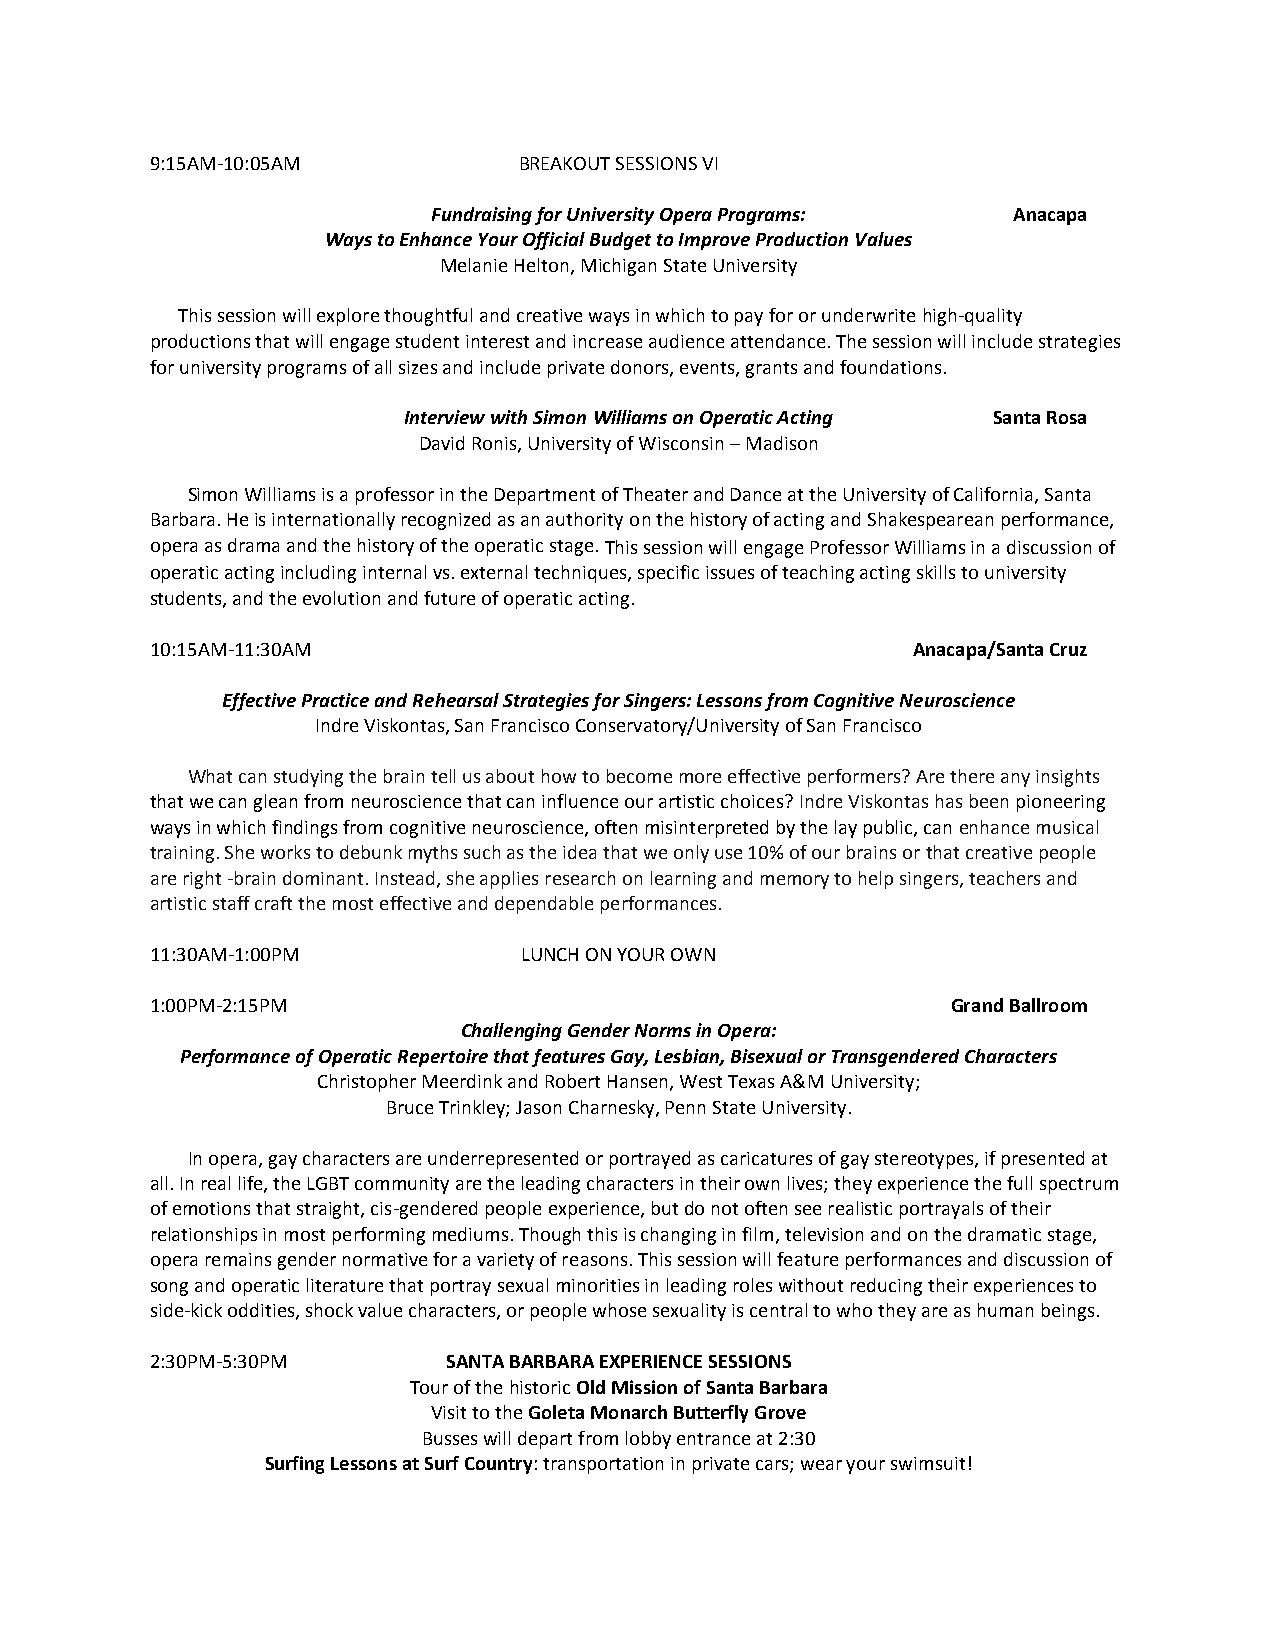
9:15AM-10:05AM          BREAKOUT SESSIONS VI
 Fundraising for University Opera Programs: Anacapa
 Ways to Enhance Your Official Budget to Improve Production Values
 Melanie Helton, Michigan State University
 This session will explore thoughtful and creative ways in which to pay for or underwrite high-quality
 productions that will engage student interest and increase audience attendance. The session will include strategies
 for university programs of all sizes and include private donors, events, grants and foundations.
 Interview with Simon Williams on Operatic Acting Santa Rosa
 David Ronis, University of Wisconsin – Madison
 Simon Williams is a professor in the Department of Theater and Dance at the University of California, Santa
 Barbara. He is internationally recognized as an authority on the history of acting and Shakespearean performance,
 opera as drama and the history of the operatic stage. This session will engage Professor Williams in a discussion of
 operatic acting including internal vs. external techniques, specific issues of teaching acting skills to university
 students, and the evolution and future of operatic acting.
 10:15AM-11:30AM                                   Anacapa/Santa Cruz
 Effective Practice and Rehearsal Strategies for Singers: Lessons from Cognitive Neuroscience
 Indre Viskontas, San Francisco Conservatory/University of San Francisco
 What can studying the brain tell us about how to become more effective performers? Are there any insights
 that we can glean from neuroscience that can influence our artistic choices? Indre Viskontas has been pioneering
 ways in which findings from cognitive neuroscience, often misinterpreted by the lay public, can enhance musical
 training. She works to debunk myths such as the idea that we only use 10% of our brains or that creative people
 are right -brain dominant. Instead, she applies research on learning and memory to help singers, teachers and
 artistic staff craft the most effective and dependable performances.
 11:30AM-1:00PM           LUNCH ON YOUR OWN
 1:00PM-2:15PM                                        Grand Ballroom
 Challenging Gender Norms in Opera:
 Performance of Operatic Repertoire that features Gay, Lesbian, Bisexual or Transgendered Characters
 Christopher Meerdink and Robert Hansen, West Texas A&M University;
 Bruce Trinkley; Jason Charnesky, Penn State University.
 In opera, gay characters are underrepresented or portrayed as caricatures of gay stereotypes, if presented at
 all. In real life, the LGBT community are the leading characters in their own lives; they experience the full spectrum
 of emotions that straight, cis-gendered people experience, but do not often see realistic portrayals of their
 relationships in most performing mediums. Though this is changing in film, television and on the dramatic stage,
 opera remains gender normative for a variety of reasons. This session will feature performances and discussion of
 song and operatic literature that portray sexual minorities in leading roles without reducing their experiences to
 side-kick oddities, shock value characters, or people whose sexuality is central to who they are as human beings.
 2:30PM-5:30PM       SANTA BARBARA EXPERIENCE SESSIONS
 Tour of the historic Old Mission of Santa Barbara
 Visit to the Goleta Monarch Butterfly Grove
 Busses will depart from lobby entrance at 2:30
 Surfing Lessons at Surf Country: transportation in private cars; wear your swimsuit!